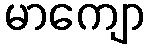
မာကျော